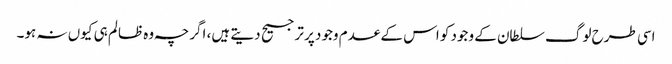
اسی طرح لوگ سلطان کے وجود کو اس کے عدم وجود پر ترجیح دیتے ہیں، اگرچہ وہ ظالم ہی کیوں نہ ہو۔